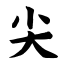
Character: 尖